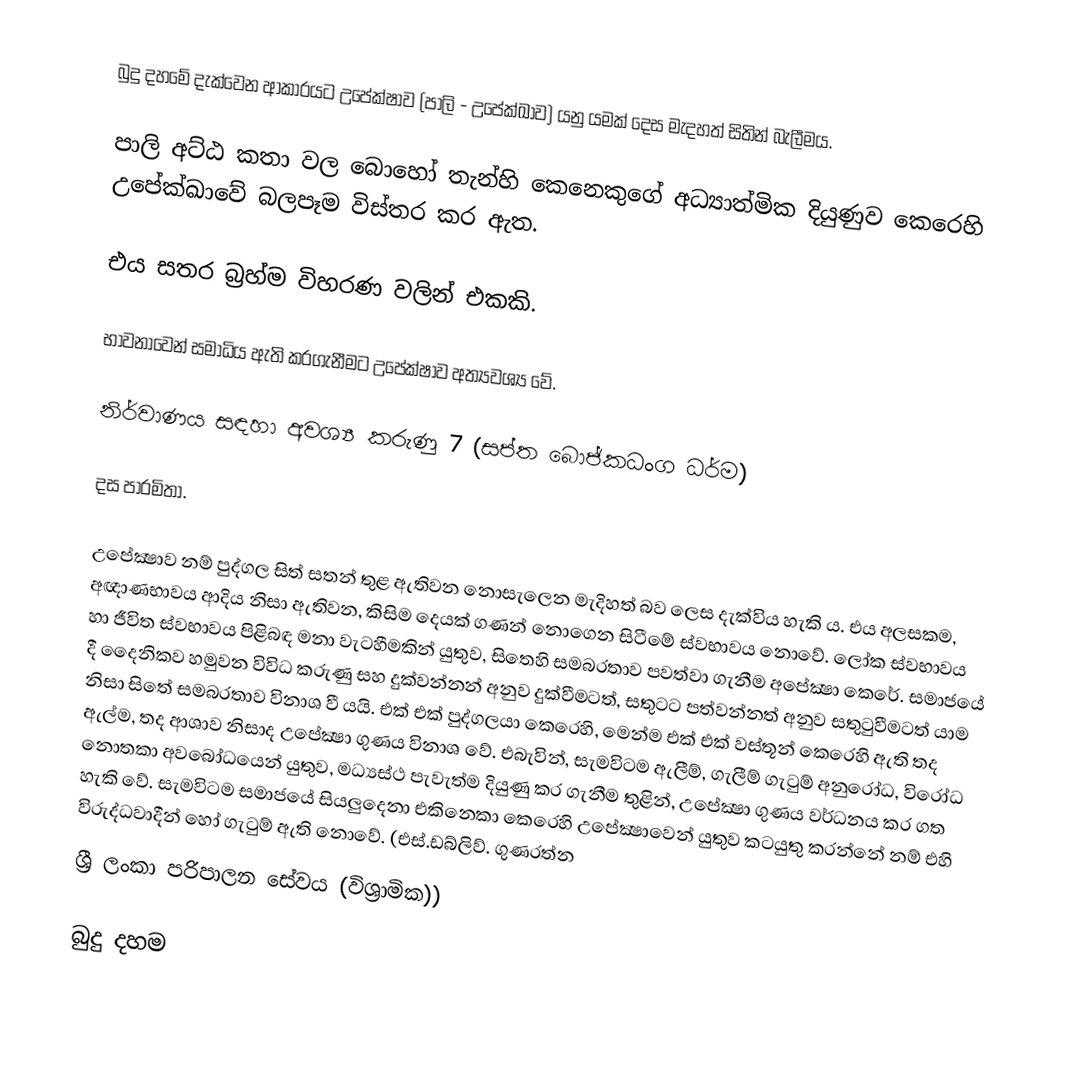
බුදු දහමේ දැක්වෙන ආකාරයට උපේක්ෂාව (පාලි - උපේක්ඛාව) යනු යමක් දෙස මැදහත් සිතින් බැලීමය.

පාලි අට්ඨ කතා වල බොහෝ තැන්හි කෙනෙකුගේ අධ්‍යාත්මික දියුණුව කෙරෙහි උපේක්ඛාවේ බලපෑම විස්තර කර ඇත.

	එය සතර බ්‍රහ්ම විහරණ වලින් එකකි.

භාවනාවෙන් සමාධිය ඇති කරගැනීමට උපේක්ෂාව අත්‍යවශ්‍ය වේ.

	නිර්වාණය සඳහා අවශ්‍ය කරුණු 7 (සප්ත බොජ්කධංග ධර්ම)

	දස පාරමිතා.

උපේක්‍ෂාව නම් පුද්ගල සිත් සතන් තුළ ඇතිවන නොසැලෙන මැදිහත් බව ලෙස දැක්විය හැකි ය. එය අලසකම, අඥාණභාවය ආදිය නිසා ඇතිවන, කිසිම දෙයක් ගණන් නොගෙන සිටීමේ ස්වභාවය නොවේ. ලෝක ස්වභාවය හා ජීවිත ස්වභාවය පිළිබඳ මනා වැටහීමකින් යුතුව, සිතෙහි සමබරතාව පවත්වා ගැනීම අපේක්‍ෂා කෙරේ. සමාජයේ දී දෛනිකව හමුවන විවිධ කරුණු සහ දුක්වන්නන් අනුව දුක්වීමටත්, සතුටට පත්වන්නත් අනුව සතුටුවීමටත් යාම නිසා සිතේ සමබරතාව විනාශ වී යයි. එක් එක් පුද්ගලයා කෙරෙහි, මෙන්ම එක් එක් වස්තූන් කෙරෙහි ඇති තද ඇල්ම, තද ආශාව නිසාද උපේක්‍ෂා ගුණය විනාශ වේ. එබැවින්, සැමවිටම ඇලීම්, ගැලීම් ගැටුම් අනුරෝධ, විරෝධ නොතකා අවබෝධයෙන් යුතුව, මධ්‍යස්ථ පැවැත්ම දියුණු කර ගැනීම තුළින්, උපේක්‍ෂා ගුණය වර්ධනය කර ගත හැකි වේ. සැමවිටම සමාජයේ සියලුදෙනා එකිනෙකා කෙරෙහි උපේක්‍ෂාවෙන් යුතුව කටයුතු කරන්නේ නම් එහි විරුද්ධවාදීන් හෝ ගැටුම් ඇති නොවේ. (එස්.ඩබ්ලිව්. ගුණරත්න
ශ්‍රී ලංකා පරිපාලන සේවය (විශ්‍රාමික))

බුදු දහම